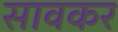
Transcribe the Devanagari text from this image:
सावकर